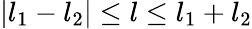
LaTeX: |l_{1}-l_{2}|\leq l\leq l_{1}+l_{2}